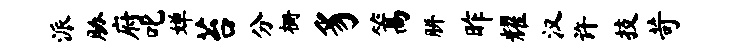
派胁府叱婵苔分栅豸篙胼昨耀汉许技苛